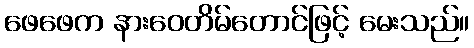
ဖေဖေက နားဝေတိမ်တောင်ဖြင့် မေးသည်။